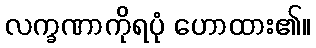
လက္ခဏာကိုရပုံ ဟောထား၏။